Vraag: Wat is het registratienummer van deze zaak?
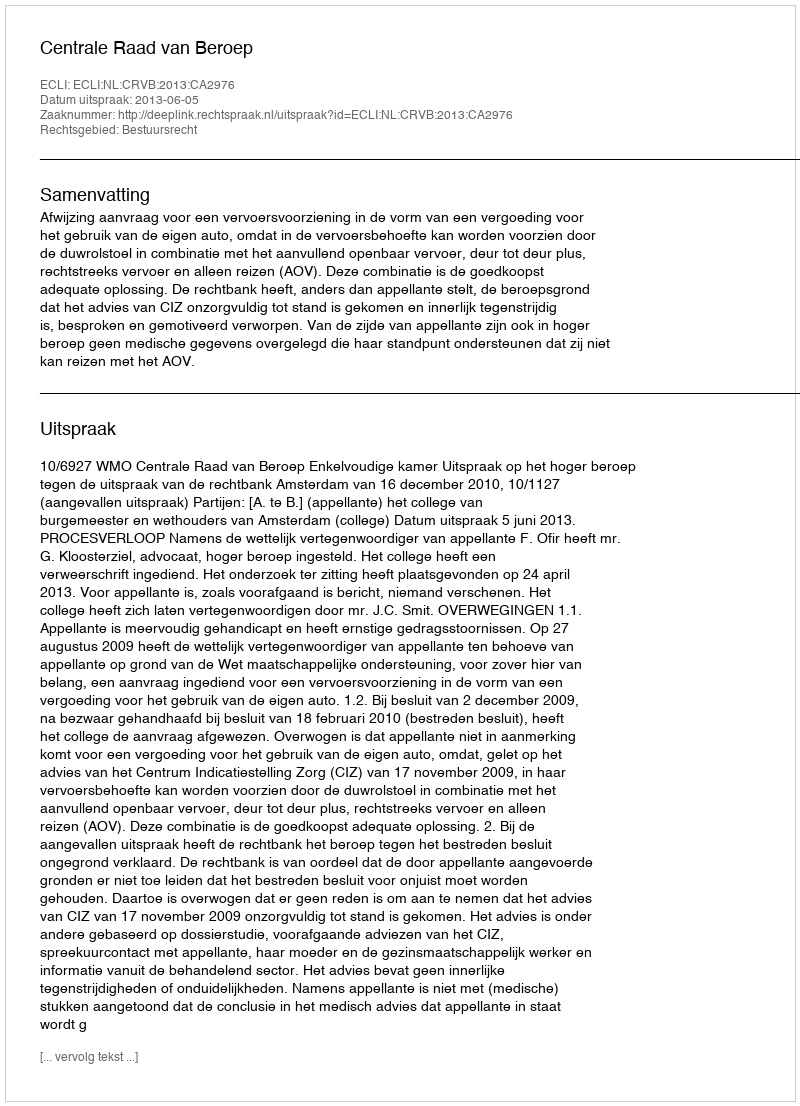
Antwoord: http://deeplink.rechtspraak.nl/uitspraak?id=ECLI:NL:CRVB:2013:CA2976